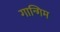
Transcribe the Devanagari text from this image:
गान्गिम